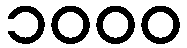
၁၀၀၀